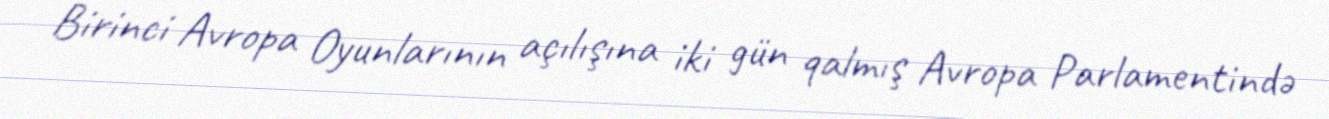
Birinci Avropa Oyunlarının açılışına iki gün qalmış Avropa Parlamentində